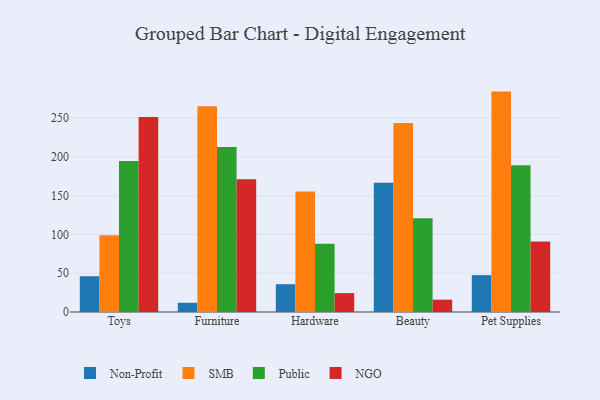
{"axis": {"x": "Category", "y": "Net Income (USD K)"}, "legend": ["NGO", "Non-Profit", "Public", "SMB"], "data": [{"x": "Toys", "y": 46.1, "type": "Non-Profit"}, {"x": "Toys", "y": 99.0, "type": "SMB"}, {"x": "Toys", "y": 194.5, "type": "Public"}, {"x": "Toys", "y": 251.2, "type": "NGO"}, {"x": "Furniture", "y": 11.9, "type": "Non-Profit"}, {"x": "Furniture", "y": 265.1, "type": "SMB"}, {"x": "Furniture", "y": 212.5, "type": "Public"}, {"x": "Furniture", "y": 171.0, "type": "NGO"}, {"x": "Hardware", "y": 35.8, "type": "Non-Profit"}, {"x": "Hardware", "y": 155.3, "type": "SMB"}, {"x": "Hardware", "y": 88.0, "type": "Public"}, {"x": "Hardware", "y": 24.3, "type": "NGO"}, {"x": "Beauty", "y": 166.6, "type": "Non-Profit"}, {"x": "Beauty", "y": 243.5, "type": "SMB"}, {"x": "Beauty", "y": 120.9, "type": "Public"}, {"x": "Beauty", "y": 15.9, "type": "NGO"}, {"x": "Pet Supplies", "y": 47.5, "type": "Non-Profit"}, {"x": "Pet Supplies", "y": 284.0, "type": "SMB"}, {"x": "Pet Supplies", "y": 189.2, "type": "Public"}, {"x": "Pet Supplies", "y": 90.8, "type": "NGO"}]}